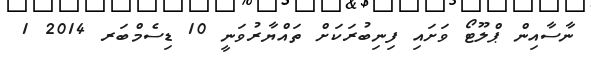
ނާސާއިން ޕްލޫޓޯ ވަށައި ފިނިބުރަކަށް ތައްޔާރުވަނީ 10 ޑިސެމްބަރ 2014 1